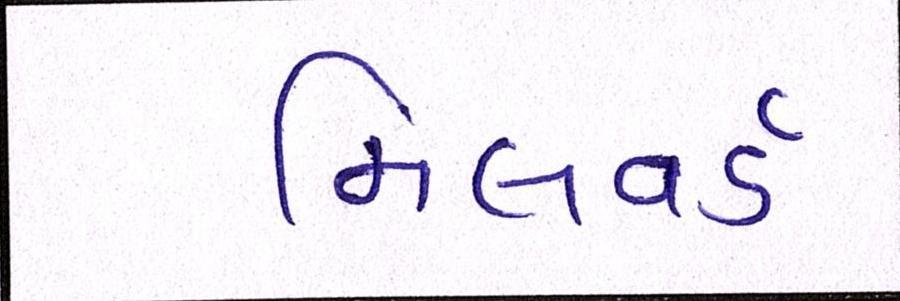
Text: મિલવર્ડ